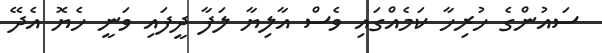
ސައުންގެ ހުރިހާ ކަމެއްގައި ވެސް އާލިޔާ ލަފާ ދީފައި ވަނީ ހެޔޮ އެދޭ